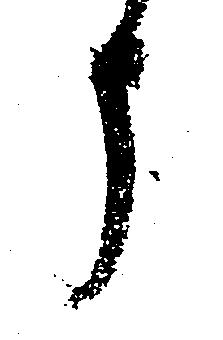
う